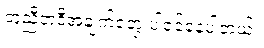
တူညီတဲ့ဒီအချက်တွေ ပါဝင်နေပါတယ်။